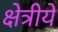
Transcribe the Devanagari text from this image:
क्षेत्रीये